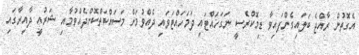
އެގޮތުން ރާއްޖެ ބަލައިގެންފައިވާ ޑިމޮކްރެސީ ނަގަހައްޓައި ދަމަހައްޓަވައި ދެއްވުމަށް މަސައްކަތްކޮށްދެއްވުމާއި ޝަރުއީ ދާއިރާގައި